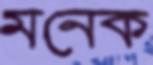
মনেক